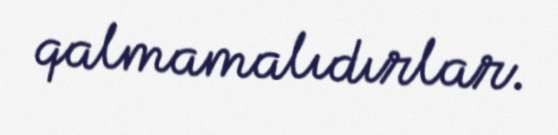
qalmamalıdırlar.